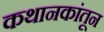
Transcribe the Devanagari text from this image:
कथानकांतून